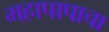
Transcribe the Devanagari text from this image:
महापापाचा